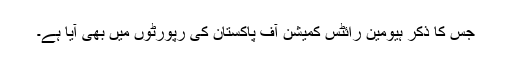
جس کا ذکر ہیومین رائٹس کمیشن آف پاکستان کی رپورٹوں میں بھی آیا ہے۔